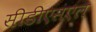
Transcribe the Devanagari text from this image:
सीडीएसएल